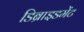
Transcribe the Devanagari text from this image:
डिब्राइडमेंट